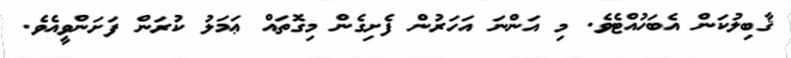
ޤާބިލުކަން އެބަހުއްޓެވެ. މި އަންނަ އަހަރުން ފެށިގެން މިގޮތައް ޢަމަލު ކުރަން ފަށަންވީއެވެ.